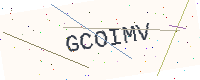
Text: GCOIMV